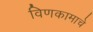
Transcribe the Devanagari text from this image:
विणकामाचे